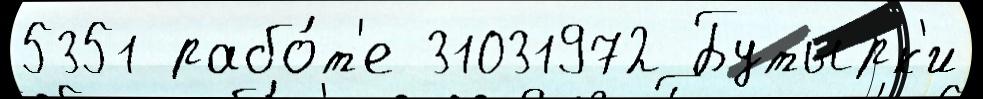
5351 рабо́т'е 31031972 Бутырк'и